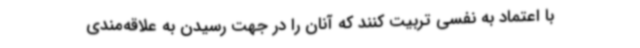
با اعتماد به نفسی تربیت کنند که آنان را در جهت رسیدن به علاقه‌مندی